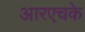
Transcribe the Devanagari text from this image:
आरएचके